Indian journal of veterinary science and animal husbandry - Volumes 15-17, 1948-1951
Year: 1948
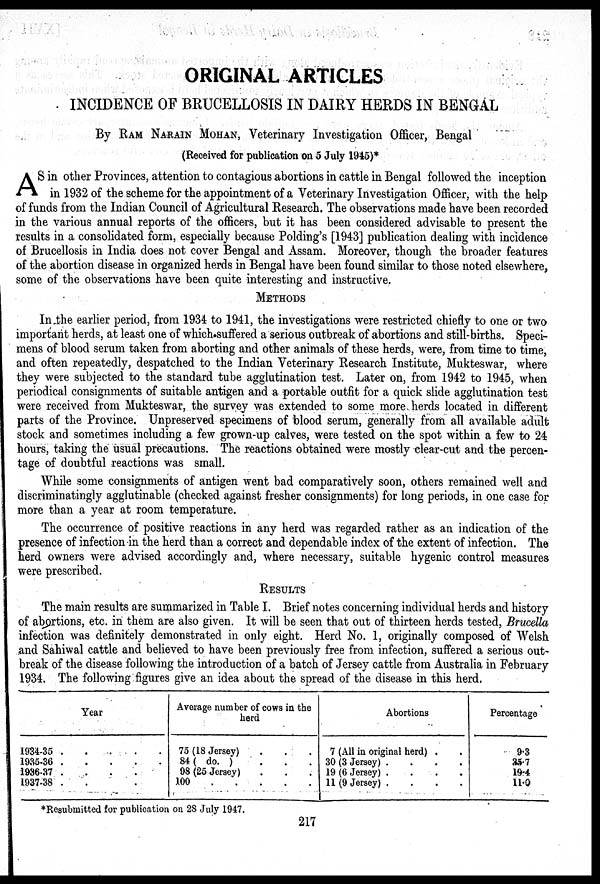
ORIGINAL ARTICLES
INCIDENCE OF BRUCELLOSIS IN DAIRY HERDS IN BENGAL
By RAM NARAIN MOHAN, Veterinary Investigation Officer, Bengal
(Received for publication on 5 July 1945)*
A S in other Provinces, attention to contagious abortions in cattle in Bengal followed the inception
in 1932 of the scheme for the appointment of a Veterinary Investigation Officer, with the help
of funds from the Indian Council of Agricultural Research. The observations made have been recorded
in the various annual reports of the officers, but it has been considered advisable to present the
results in a consolidated form, especially because Polding's [1943] publication dealing with incidence
of Brucellosis in India does not cover Bengal and Assam. Moreover, though the broader features
of the abortion disease in organized herds in Bengal have been found similar to those noted elsewhere,
some of the observations have been quite interesting and instructive.
METHODS
In the earlier period, from 1934 to 1941, the investigations were restricted chiefly to one or two
important herds, at least one of which suffered a serious outbreak of abortions and still-births. Speci-
mens of blood serum taken from aborting and other animals of these herds, were, from time to time,
and often repeatedly, despatched to the Indian Veterinary Research Institute, Mukteswar, where
they were subjected to the standard tube agglutination test. Later on, from 1942 to 1945, when
periodical consignments of suitable antigen and a portable outfit for a quick slide agglutination test
were received from Mukteswar, the survey was extended to some more, herds located in different
parts of the Province. Unpreserved specimens of blood serum, generally from all available adult
stock and sometimes including a few grown-up calves, were tested on the spot within a few to 24
hours, taking the usual precautions. The reactions obtained were mostly clear-cut and the percen-
tage of doubtful reactions was small.
While some consignments of antigen went bad comparatively soon, others remained well and
discriminatingly agglutinable (checked against fresher consignments) for long periods, in one case for
more than a year at room temperature.
The occurrence of positive reactions in any herd was regarded rather as an indication of the
presence of infection in the herd than a correct and dependable index of the extent of infection. The
herd owners were advised accordingly and, where necessary, suitable hygenic control measures
were prescribed.
RESULTS
The main results are summarized in Table I. Brief notes concerning individual herds and history
of abortions, etc. in them are also given. It will be seen that out of thirteen herds tested, Brucella
infection was definitely demonstrated in only eight. Herd No. 1, originally composed of Welsh
and Sahiwal cattle and believed to have been previously free from infection, suffered a serious out-
break of the disease following the introduction of a batch of Jersey cattle from Australia in February
1934. The following figures give an idea about the spread of the disease in this herd.
Year
1934-35
.
.
.
.
.
1935-36
.
.
.
.
.
1936-37 . . . . .
1937-38 . . . . .
Average number of cows in the
herd
75 (18 Jersey) . . .
84 ( do. ) . . .
98 (25 Jersey) . . .
100
.
.
.
.
.
Abortions
7 (All in original herd) . .
30 (3 Jersey) . . . .
19 (6 Jersey) . . . .
11 (9 Jersey) . . . .
Percentage
9.3
35.7
19.4
11.0
*Resubmitted for publication on 28 July 1947.
217